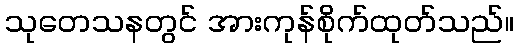
သုတေသနတွင် အားကုန်စိုက်ထုတ်သည်။